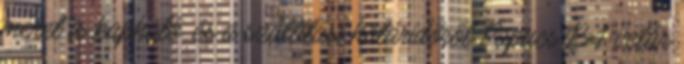
méret is kapható. és a szállítási határidőről Papucs PA-velúr